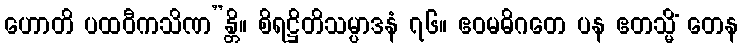
ဟောတိ ပထဝီကသိဏ”န္တိ။ စိရဋ္ဌိတိသမ္ပာဒနံ ၇၆။ ဧဝမဓိဂတေ ပန ဧတသ္မိံ တေန